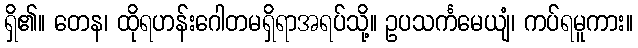
ရှိ၏။ တေန၊ ထိုရဟန်းဂေါတမရှိရာအရပ်သို့။ ဥပသင်္ကမေယျံ၊ ကပ်ရမူကား။